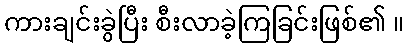
ကားချင်းခွဲပြီး စီးလာခဲ့ကြခြင်းဖြစ်၏ ။